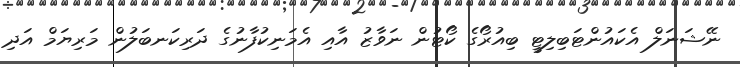
ނޭޝަނަލް އެކައުންޓަބިލިޓީ ބިއުރޯގެ ކޯޓުން ނަވާޒު އާއި އެމަނިކުފާނުގެ ދަރިކަނބަލުން މަރިޔަމް އަދި